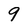
Character: 9